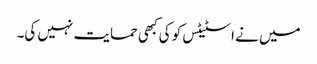
میں نے اسٹیٹس کو کی کبھی حمایت نہیں کی۔